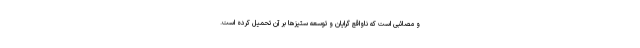
و مصائبی است که ناواقع گرایان و توسعه ستیزها بر آن تحمیل کرده است.